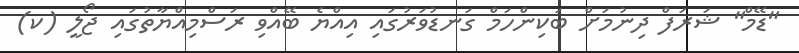
"ޑޭމް" ޝަރަފް ދިނުމަށް ބަކިންހަމް ގަނޑުވަރުގައި އިއްޔެ ބޭއްވި ރަސްމިއްޔާތުގައި ޖޯލީ (ކ)